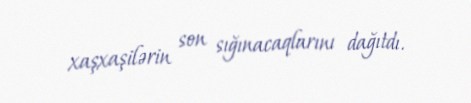
xaşxaşilərin son sığınacaqlarını dağıtdı.